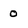
Character: o